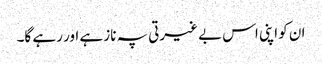
ان کو اپنی اس بے غیرتی پہ ناز ہے اور رہے گا۔